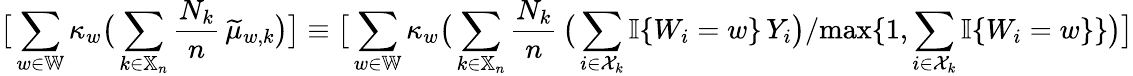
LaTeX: \big[\sum_{w\in\mathbb{W}}\kappa_{w}\big(\sum_{k\in\mathbb{X}_{n}}\frac{N_{k}}{n}\, \widetilde{\mu}_{w,k}\big)\big]\equiv\big[\sum_{w\in\mathbb{W}}\kappa_{w}\big(\sum_{k\in\mathbb{X}_{n}}\frac{N_{k}}{n}\, \big(\sum_{i\in\mathcal{X}_{k}}\mathbb{I}\{ W_{i}=w\} \, Y_{i}\big)/\mathrm{max}\{ 1,\sum_{i\in\mathcal{X}_{k}}\mathbb{I}\{ W_{i}=w\} \} \big)\big]